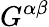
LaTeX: G^{\alpha\beta}